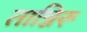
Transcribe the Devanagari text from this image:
तान्निरू